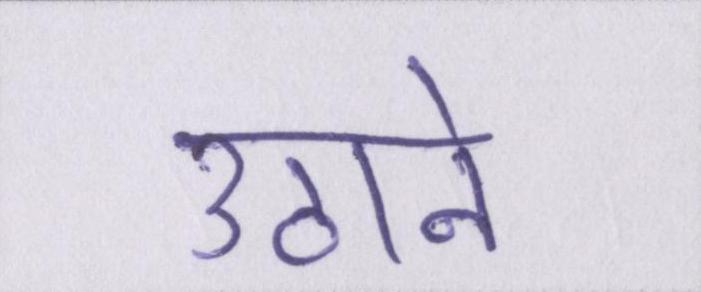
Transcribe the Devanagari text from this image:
उठाने